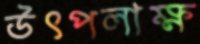
উৎপলাক্ষ